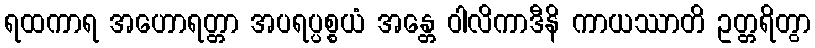
ရထကာရ အဟောရတ္တာ အပရပ္ပစ္စယံ အန္တေ ဝါလိကာဒီနိ ကာယဿာတိ ဥတ္တရိတွာ